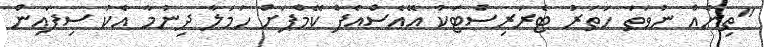
"ތިނެއް ނުވަތަ ހަތަރު ޓެރަރިސްޓަކު އޭއެސްއެފް ކޭމްޕަށް ހަމަލާ ދިނުމާ އެކު ސިފައިން